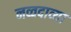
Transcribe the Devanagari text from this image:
नव्वदाव्या